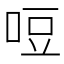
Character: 哣